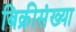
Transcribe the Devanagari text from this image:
बिक्रीसंख्या